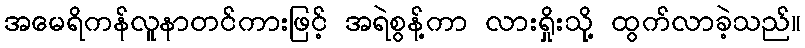
အမေရိကန်လူနာတင်ကားဖြင့် အရဲစွန့်ကာ လားရှိုးသို့ ထွက်လာခဲ့သည်။